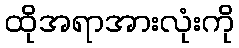
ထိုအရာအားလုံးကို